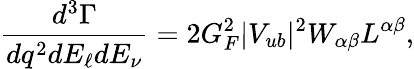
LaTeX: \frac{d^{3}\Gamma}{dq^{2}dE_{\ell}dE_{\nu}}=2G_{F}^{2}|V_{ub}|^{2}W_{\alpha\beta}L^{\alpha\beta},